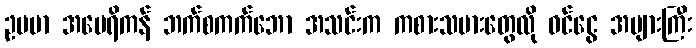
ဥပမာ အမေရိကန် ဘက်စကက်ဘော အသင်းက ကစားသမားတွေလို ဝင်ငွေ အများကြီး